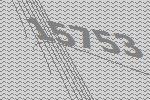
15753